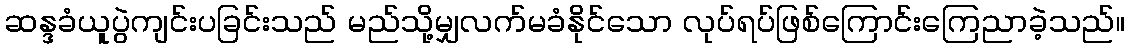
ဆန္ဒခံယူပွဲကျင်းပခြင်းသည် မည်သို့မျှလက်မခံနိုင်သော လုပ်ရပ်ဖြစ်ကြောင်းကြေညာခဲ့သည်။